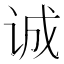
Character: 诚